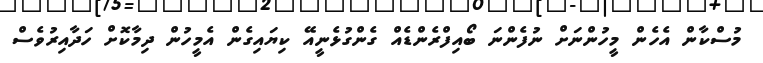
މުސްކާން އެހެން މީހުންނަށް ނުފެންނަ ބޯއިފްރެންޑެއް ގެންގުޅެނީއޭ ކިޔައިގެން އެމީހުން ދިމާކޮށް ހަދާއިރުވެސް